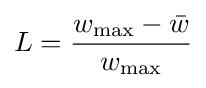
L={{w_{\max }-{\bar {w}}} \over w_{\max }}